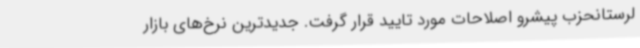
لرستانحزب پیشرو اصلاحات مورد تایید قرار گرفت. جدیدترین نرخ‌های بازار